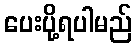
ပေးပို့ရပါမည်